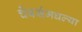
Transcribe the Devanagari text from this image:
चेंबर्समधल्या